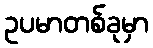
ဥပမာတစ်ခုမှာ